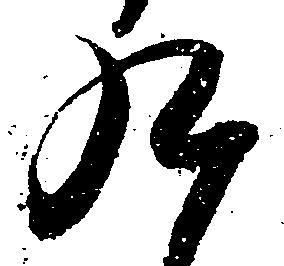
九